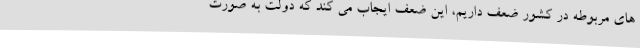
های مربوطه در کشور ضعف داریم، این ضعف ایجاب می کند که دولت به صورت